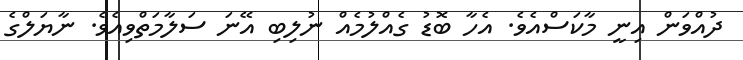
ދުއްވަން އިނީ މާކަސްއެވެ. އެހާ ބޮޑު ގެއްލުމެއް ނުލިބި އޭނަ ސަލާމަތްވިއެވެ. ނާޔަލްގެ